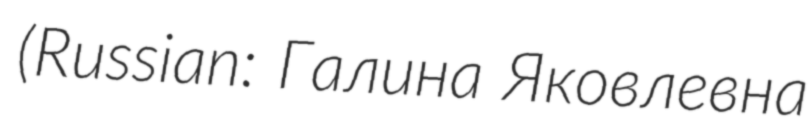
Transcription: (Russian: Галина Яковлевна